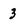
Character: 3